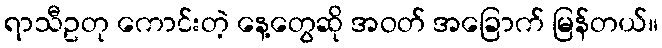
ရာသီဥတု ကောင်းတဲ့ နေ့တွေဆို အဝတ် အခြောက် မြန်တယ်။